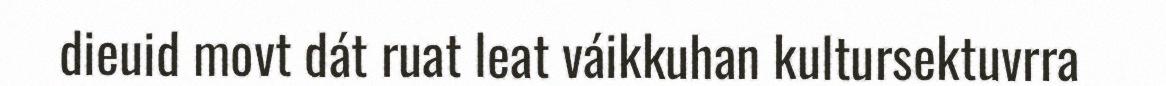
dieuid movt dát ruat leat váikkuhan kultursektuvrra